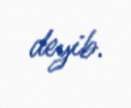
deyib.